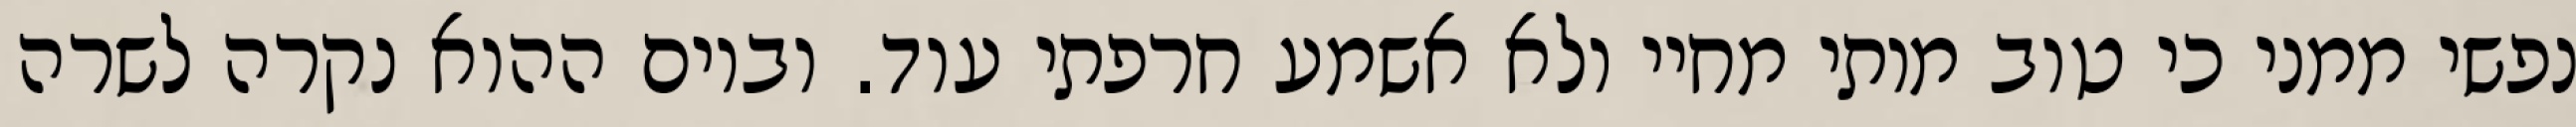
נפשי ממני כי טוב מותי מחיי ולא אשמע חרפתי עוד. וביום ההוא נקרה לשרה